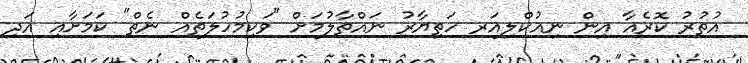
އުތުރު ކޮރެއާ އިން ނިއުކްލިއަރ ހަތިޔާރު ނައްތާލުމަށް "ވަކިމުހުލަތެއް ނެތް" ކަމަށާއި އަދި